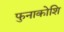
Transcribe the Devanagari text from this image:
फुनाकोशि